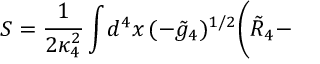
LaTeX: S = \frac { 1 } { 2 \kappa _ { 4 } ^ { 2 } } \int \! d ^ { 4 } x \, ( - \tilde { g } _ { 4 } ) ^ { 1 / 2 } \Biggl ( \tilde { R } _ { 4 } -